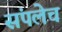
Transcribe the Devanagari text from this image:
संपलेच